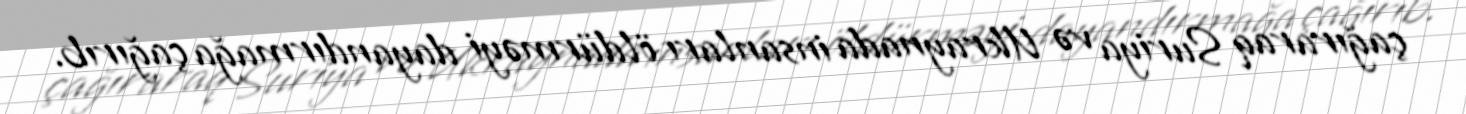
çağıraraq Suriya və Ukraynada insanları öldürməyi dayandırmağa çağırıb.